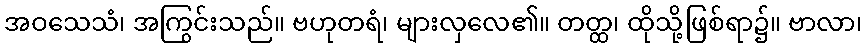
အဝသေသံ၊ အကြွင်းသည်။ ဗဟုတရံ၊ များလှလေ၏။ တတ္ထ၊ ထိုသို့ဖြစ်ရာ၌။ ဗာလာ၊